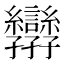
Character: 𭓝